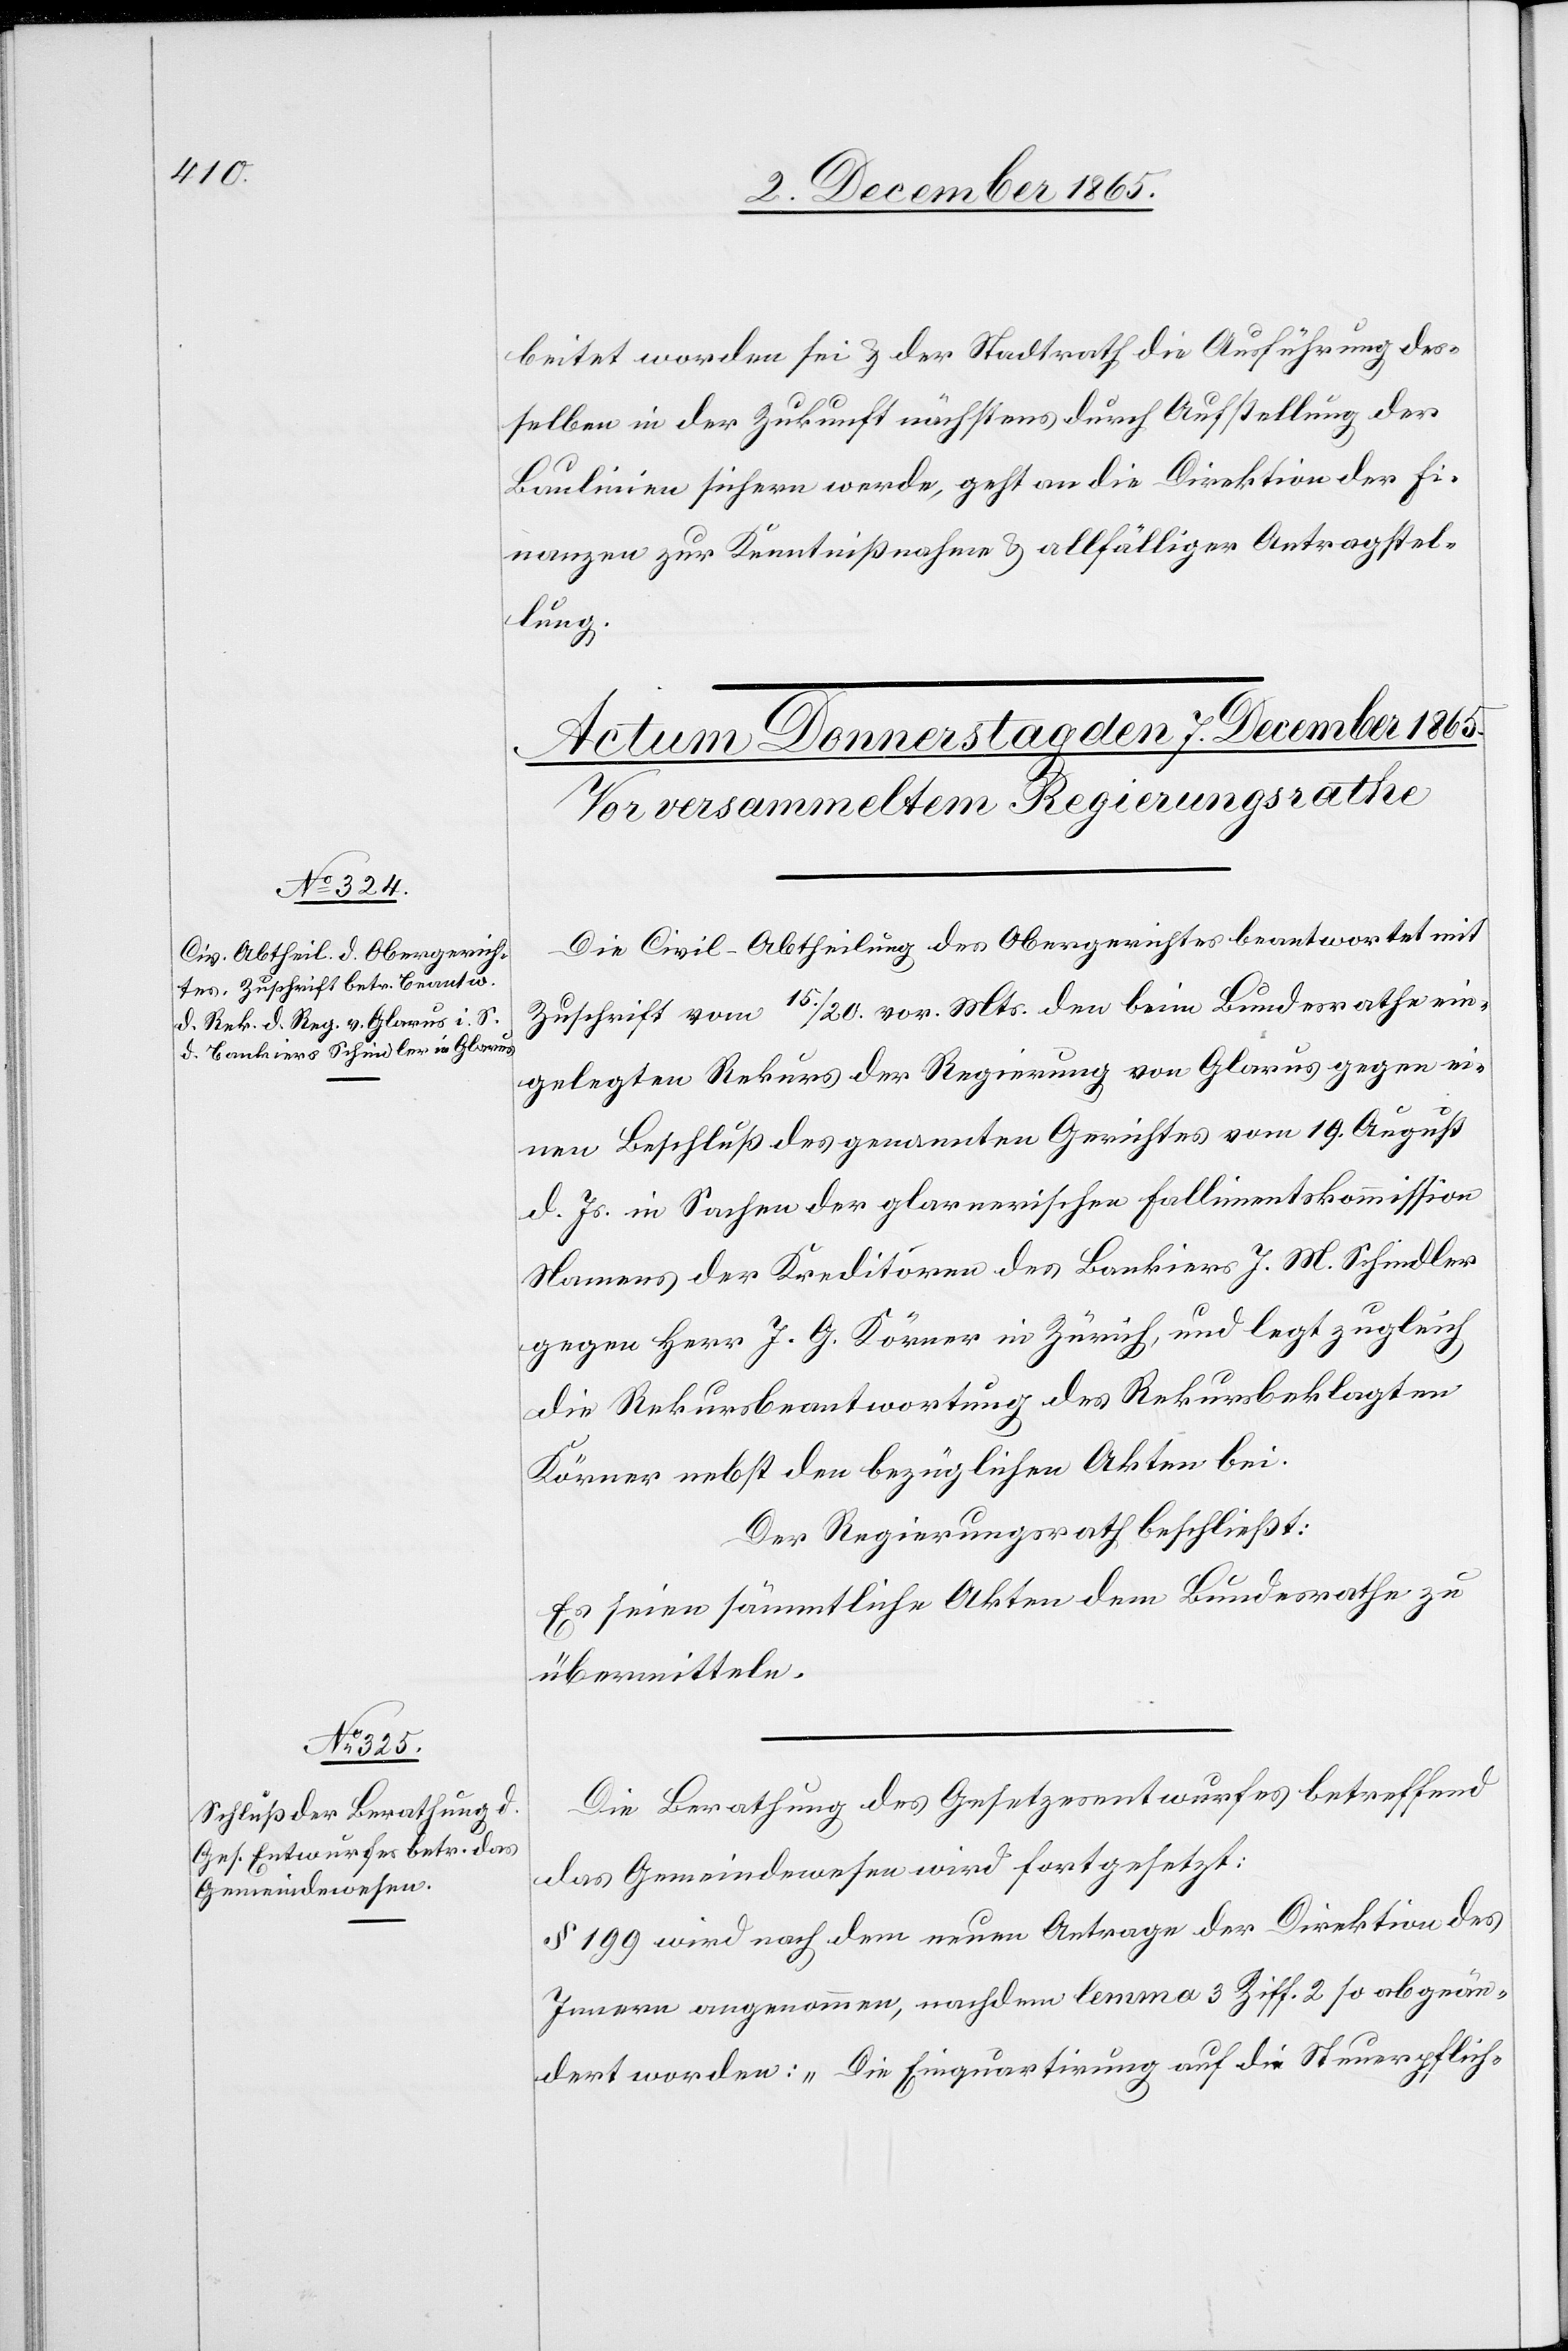
beitet worden sei & der Stadtrath die Ausführung des¬
selben in der Zukunft nächstens durch Aufstellung der
Baulinie sichern werde, geht an die Direktion der Fi¬
nanzen zur Kenntnißnahme & allfälliger Antragstel¬
lung.
Die Civil-Abtheilung des Obergerichtes beantwortet mit
Zuschrift vom 15./20. vor. Mts. den beim Bundesrathe ein¬
gelegten Rekurs der Regierung von Glarus gegen ei¬
nen Beschluß des genannten Gerichtes vom 19. August
d. Js. in Sachen der glarnerischen Fallimentskommission
Namens der Kreditoren des Bankiers J. M. Schindler
gegen Herr J. G. Körner in Zürich, und legt zugleich
die Rekursbeantwortung des Rekursbeklagten
Körner nebst den bezüglichen Akten bei.
Der Regierungsrath beschließt:
Es seien sämmtliche Akten dem Bundesrathe zu
übermitteln.
Die Berathung des Gesetzesentwurfes betreffend
das Gemeindewesen wird fortgesetzt:
§ 199 wird nach dem neuen Antrage der Direktion des
Innern angenommen, nachdem lemma 3 Ziff. 2 so abgeän¬
dert worden: „Die Einquartirung auf die Steuerpflich-